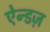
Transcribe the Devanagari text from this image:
ऐन्डज़